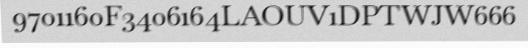
9701160F3406164LAOUV1DPTWJW666